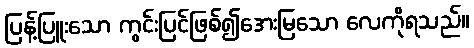
ပြန့်ပြူးသော ကွင်းပြင်ဖြစ်၍အေးမြသော လေကိုရသည်။